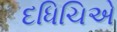
દધિચિએ